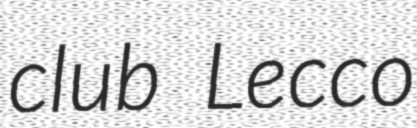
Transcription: club Lecco